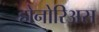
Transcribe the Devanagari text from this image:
होनोरिअस